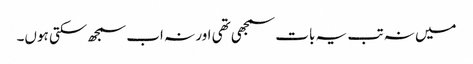
میں نہ تب یہ بات سمجھی تھی اور نہ اب سمجھ سکتی ہوں۔